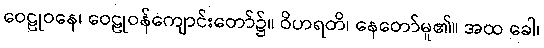
ဝေဠုဝနေ၊ ဝေဠုဝန်ကျောင်းတော်၌။ ဝိဟရတိ၊ နေတော်မူ၏။ အထ ခေါ၊